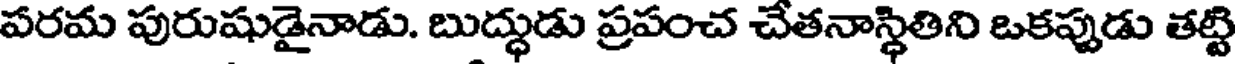
పరమ పురుషుడైనాడు. బుద్ధుడు ప్రపంచ చేతనాస్థితిని ఒకప్పుడు తట్టి